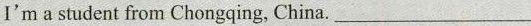
I'm a student from Chongqing，China.___